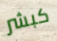
كبشر